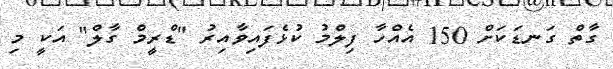
ގާތް ގަނޑަކަށް 150 އެއްހާ ފިލްމު ކުޅެފައިވާއިރު "ޑްރީމް ގާލް" އަކީ މި